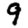
Digit: 9